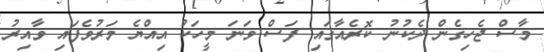
މާސް ޖެހިގެން ދެކުނު ކޮރެއާގައި ފަސް ވަނަ މީހަކު އިއްޔެ މަރުވެފައި ވާއިރު